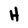
Character: H